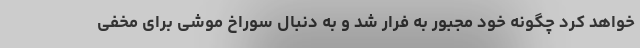
خواهد کرد چگونه خود مجبور به فرار شد و به دنبال سوراخ موشی برای مخفی